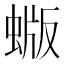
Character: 蝂